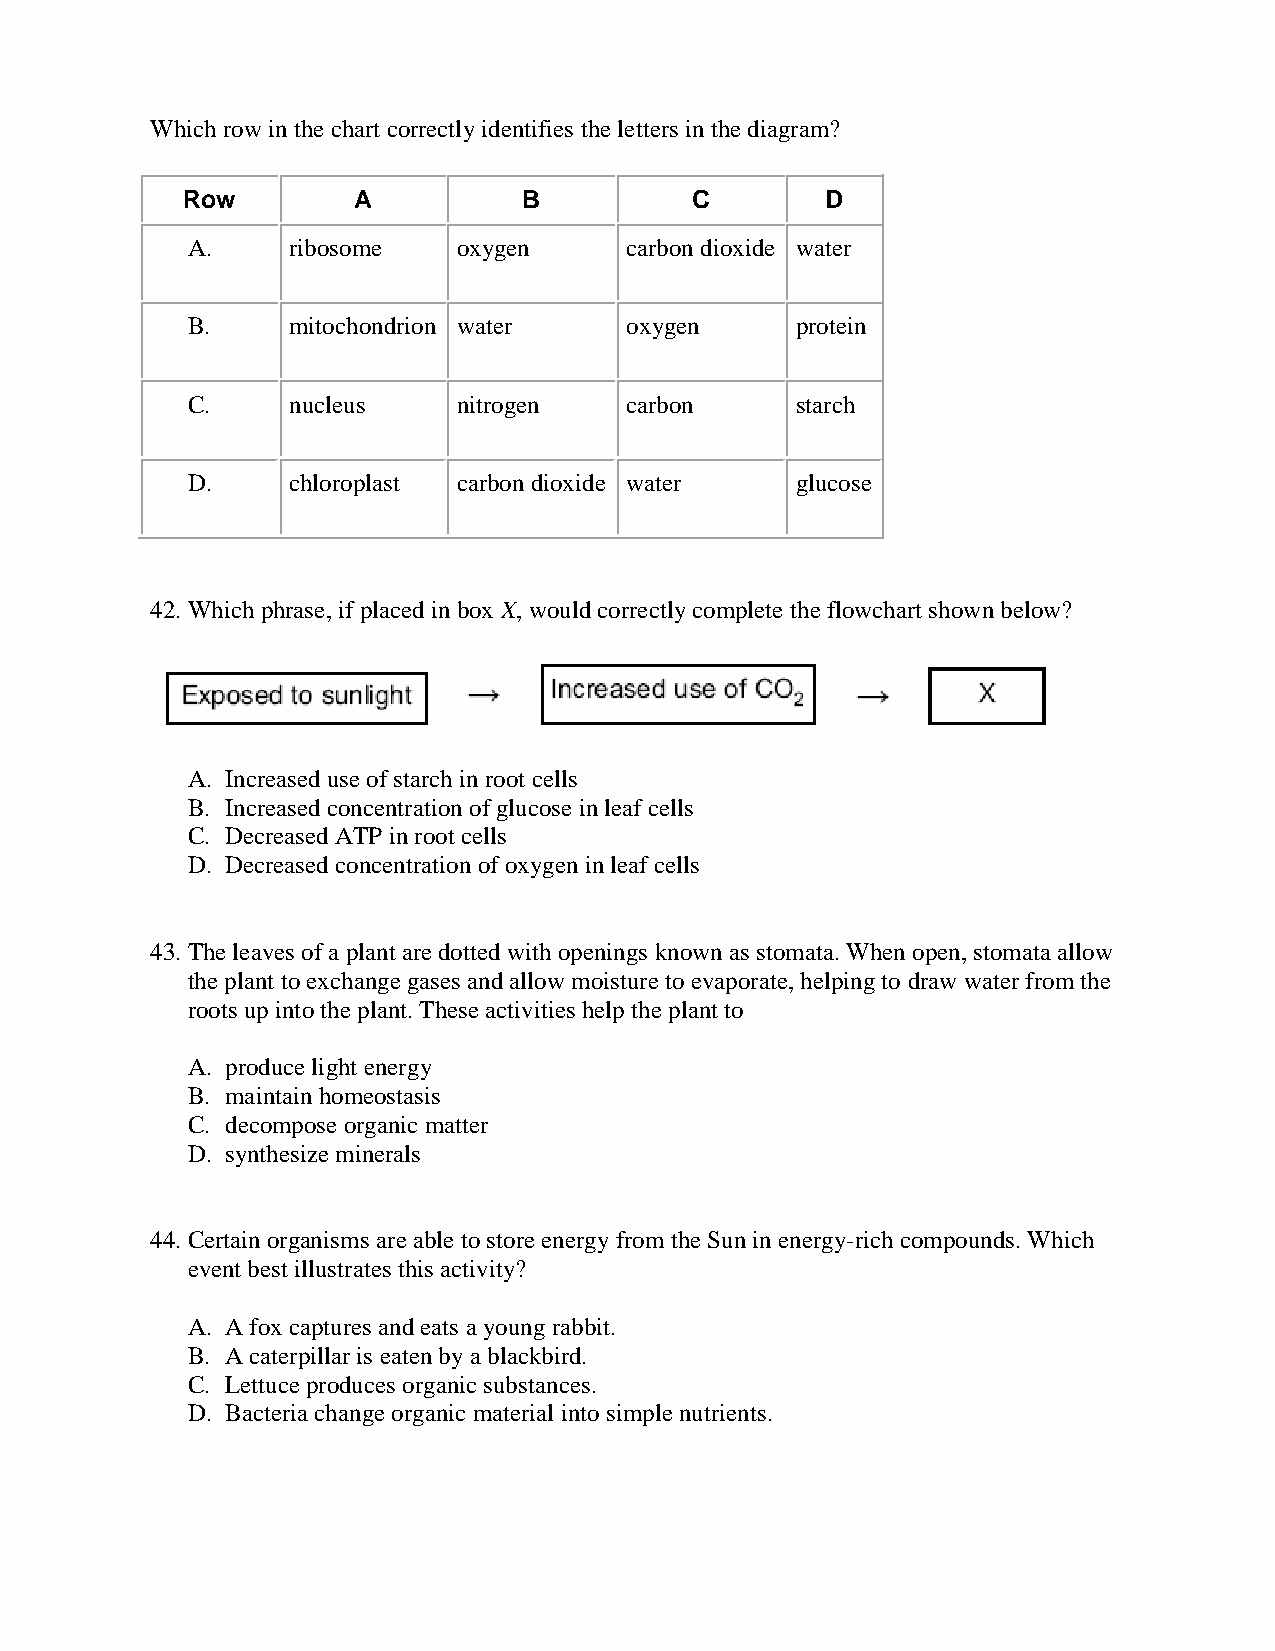
Which row in the chart correctly identifies the letters in the diagram?
 Row        A           B          C        D
 A.     ribosome   oxygen     carbon dioxide water
 B.     mitochondrion water   oxygen      protein
 C.     nucleus    nitrogen   carbon      starch
 D.     chloroplast carbon dioxide water  glucose
 42. Which phrase, if placed in box X, would correctly complete the flowchart shown below?
 A. Increased use of starch in root cells
 B. Increased concentration of glucose in leaf cells
 C. Decreased ATP in root cells
 D. Decreased concentration of oxygen in leaf cells
 43. The leaves of a plant are dotted with openings known as stomata. When open, stomata allow
 the plant to exchange gases and allow moisture to evaporate, helping to draw water from the
 roots up into the plant. These activities help the plant to
 A. produce light energy
 B. maintain homeostasis
 C. decompose organic matter
 D. synthesize minerals
 44. Certain organisms are able to store energy from the Sun in energy-rich compounds. Which
 event best illustrates this activity?
 A. A fox captures and eats a young rabbit.
 B. A caterpillar is eaten by a blackbird.
 C. Lettuce produces organic substances.
 D. Bacteria change organic material into simple nutrients.